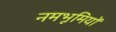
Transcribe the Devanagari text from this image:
नमभूमियों